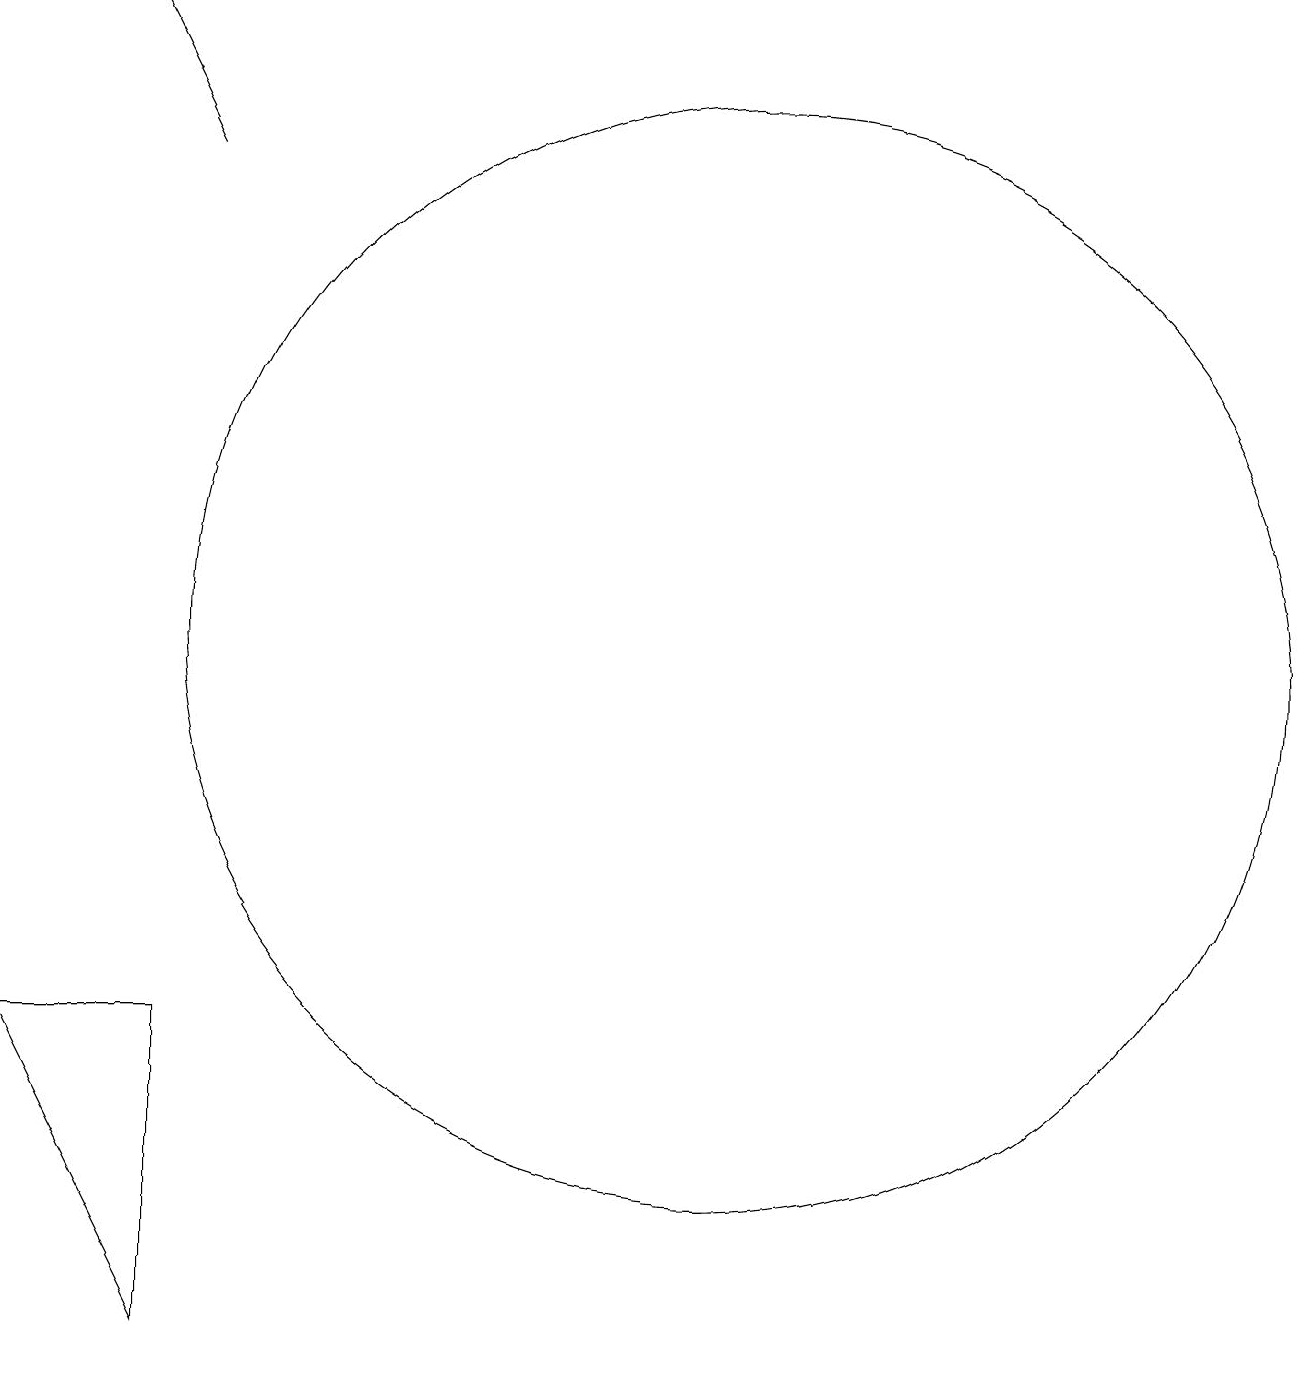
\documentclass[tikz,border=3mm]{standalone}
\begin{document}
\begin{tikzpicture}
\draw (10,11) circle (7);
\draw (3,2) -- (3,6) -- (1,6) -- cycle;
\draw[->] (3,17) -- (2,19);
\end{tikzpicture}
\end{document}